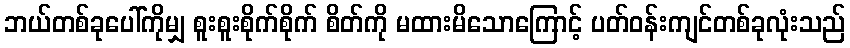
ဘယ်တစ်ခုပေါ်ကိုမျှ စူးစူးစိုက်စိုက် စိတ်ကို မထားမိသောကြောင့် ပတ်ဝန်းကျင်တစ်ခုလုံးသည်